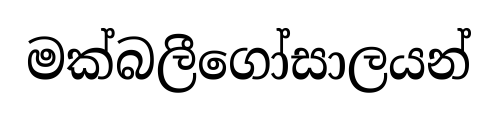
මක්බලීගෝසාලයන්